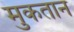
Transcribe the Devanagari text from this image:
मुकतान